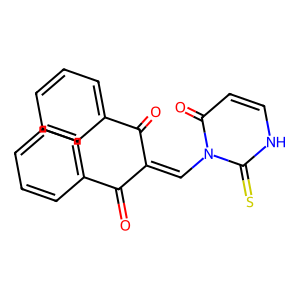
SMILES: O=C(C(=Cn1c(=O)cc[nH]c1=S)C(=O)c1ccccc1)c1ccccc1
Inhibits HIV replication: No